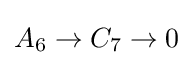
{\textstyle A_{6}\to C_{7}\to 0}